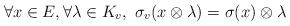
LaTeX: \begin{align*}\forall x \in E, \forall \lambda \in K_v, \ \sigma_v(x \otimes \lambda) = \sigma(x) \otimes \lambda \end{align*}